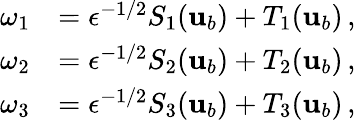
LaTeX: \begin{array}{rl}{\omega_{1}}&{=\epsilon^{-1/2}S_{1}({\mathbf{u}}_{b})+T_{1}({\mathbf{u}}_{b})\, ,}\\ {\omega_{2}}&{=\epsilon^{-1/2}S_{2}({\mathbf{u}}_{b})+T_{2}({\mathbf{u}}_{b})\, ,}\\ {\omega_{3}}&{=\epsilon^{-1/2}S_{3}({\mathbf{u}}_{b})+T_{3}({\mathbf{u}}_{b})\, ,}\end{array}